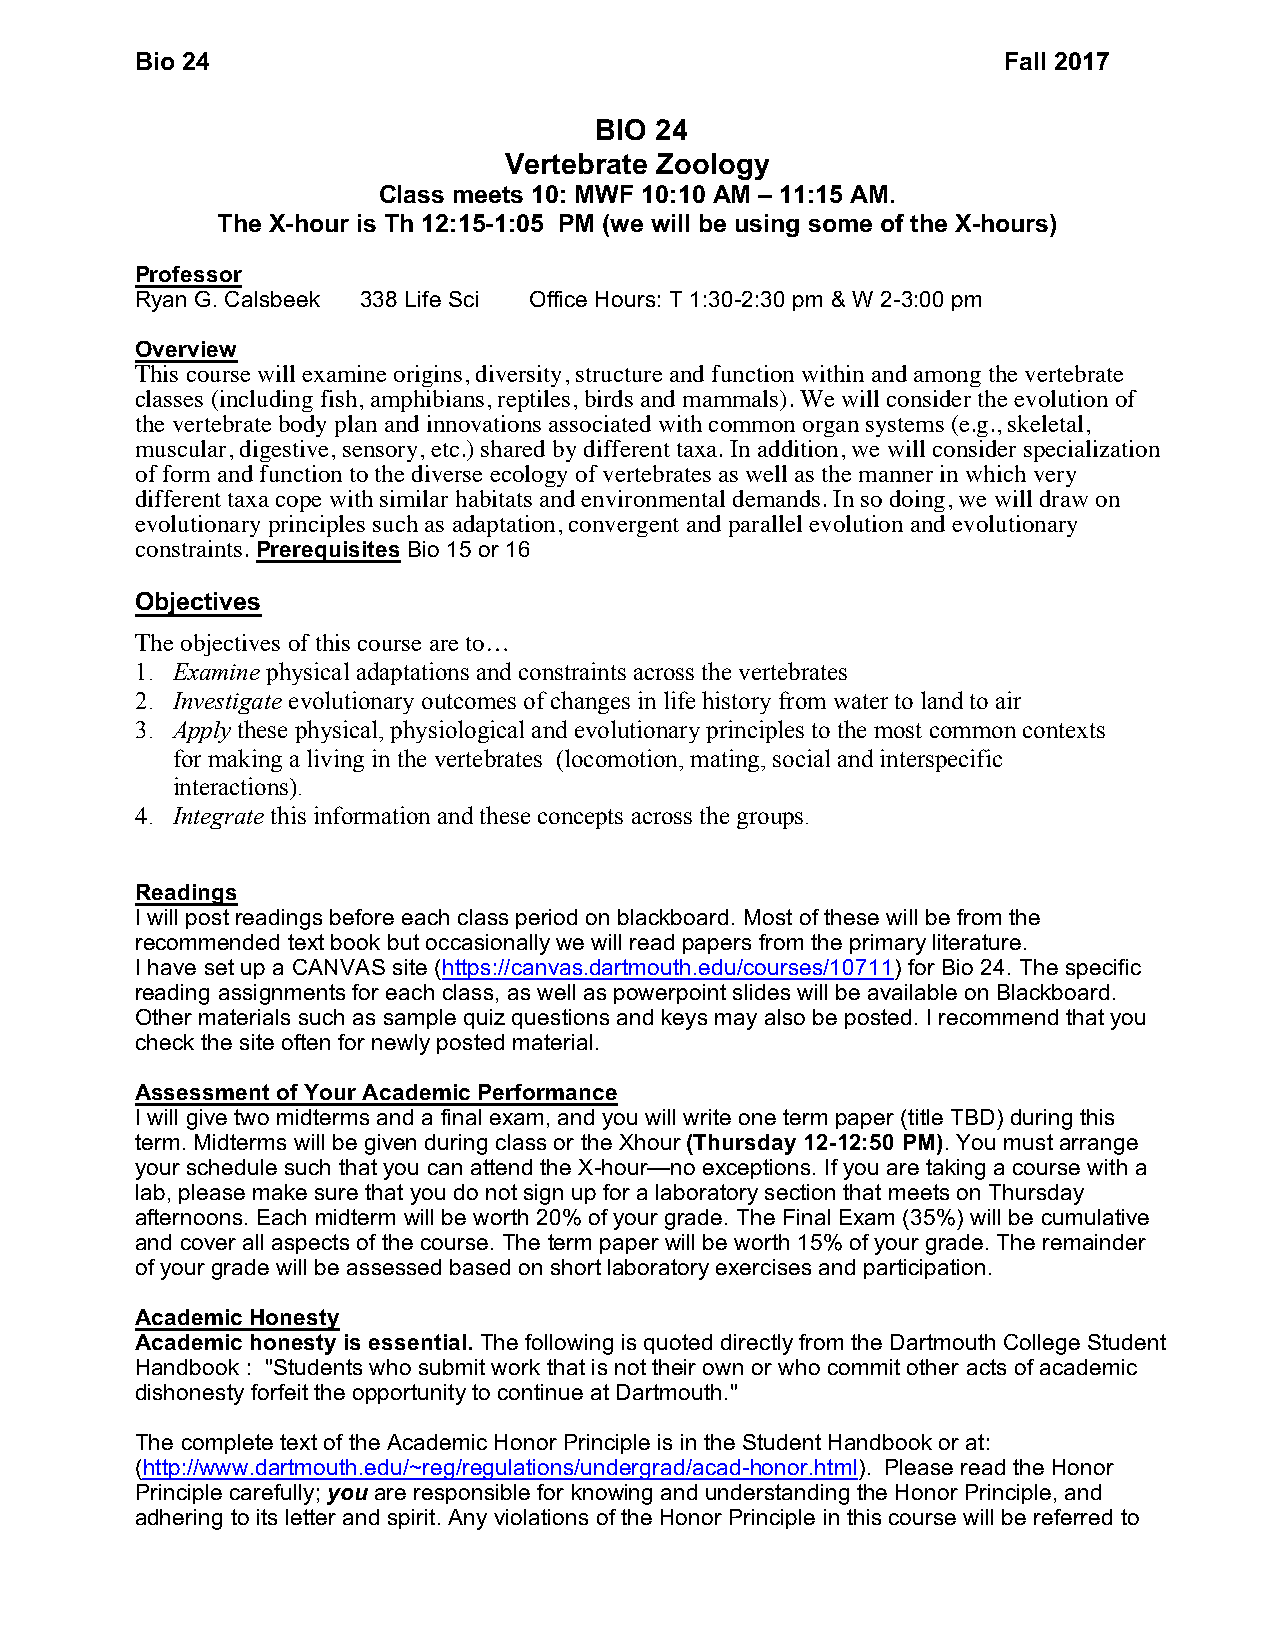
Bio 24                                                   Fall 2017
 BIO 24
 Vertebrate Zoology
 Class meets 10: MWF 10:10 AM – 11:15 AM.
 The X-hour is Th 12:15-1:05 PM (we will be using some of the X-hours)
 Professor
 Ryan G. Calsbeek 338 Life Sci Office Hours: T 1:30-2:30 pm & W 2-3:00 pm
 Overview
 This course will examine origins, diversity, structure and function within and among the vertebrate
 classes (including fish, amphibians, reptiles, birds and mammals). We will consider the evolution of
 the vertebrate body plan and innovations associated with common organ systems (e.g., skeletal,
 muscular, digestive, sensory, etc.) shared by different taxa. In addition, we will consider specialization
 of form and function to the diverse ecology of vertebrates as well as the manner in which very
 different taxa cope with similar habitats and environmental demands. In so doing, we will draw on
 evolutionary principles such as adaptation, convergent and parallel evolution and evolutionary
 constraints. Prerequisites Bio 15 or 16
 Objectives
 The objectives of this course are to…
 1. Examine physical adaptations and constraints across the vertebrates
 2. Investigate evolutionary outcomes of changes in life history from water to land to air
 3. Apply these physical, physiological and evolutionary principles to the most common contexts
 for making a living in the vertebrates (locomotion, mating, social and interspecific
 interactions).
 4. Integrate this information and these concepts across the groups.
 Readings
 I will post readings before each class period on blackboard. Most of these will be from the
 recommended text book but occasionally we will read papers from the primary literature.
 I have set up a CANVAS site (https://canvas.dartmouth.edu/courses/10711) for Bio 24. The specific
 reading assignments for each class, as well as powerpoint slides will be available on Blackboard.
 Other materials such as sample quiz questions and keys may also be posted. I recommend that you
 check the site often for newly posted material.
 Assessment of Your Academic Performance
 I will give two midterms and a final exam, and you will write one term paper (title TBD) during this
 term. Midterms will be given during class or the Xhour (Thursday 12-12:50 PM). You must arrange
 your schedule such that you can attend the X-hour—no exceptions. If you are taking a course with a
 lab, please make sure that you do not sign up for a laboratory section that meets on Thursday
 afternoons. Each midterm will be worth 20% of your grade. The Final Exam (35%) will be cumulative
 and cover all aspects of the course. The term paper will be worth 15% of your grade. The remainder
 of your grade will be assessed based on short laboratory exercises and participation.
 Academic Honesty
 Academic honesty is essential. The following is quoted directly from the Dartmouth College Student
 Handbook : "Students who submit work that is not their own or who commit other acts of academic
 dishonesty forfeit the opportunity to continue at Dartmouth."
 The complete text of the Academic Honor Principle is in the Student Handbook or at:
 (http://www.dartmouth.edu/~reg/regulations/undergrad/acad-honor.html). Please read the Honor
 Principle carefully; you are responsible for knowing and understanding the Honor Principle, and
 adhering to its letter and spirit. Any violations of the Honor Principle in this course will be referred to